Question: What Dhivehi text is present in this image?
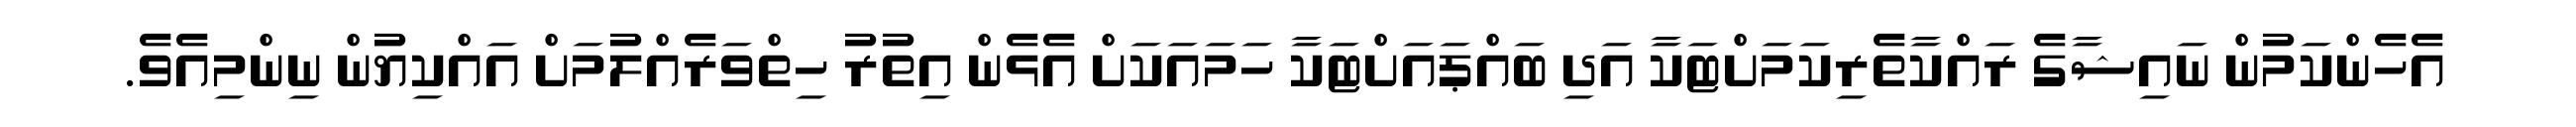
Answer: އެހެންކަމުން ނައިޝާގެ ރައްކާތެރިކަމަށްޓަކާ އަދި ބައްޕައަށްޓަކާ ހަމައަކަށް އެޅެން އިތުރު ހިތްވަރެއްލުމަށް އައްކިޔުން ނިންމިއެވެ.